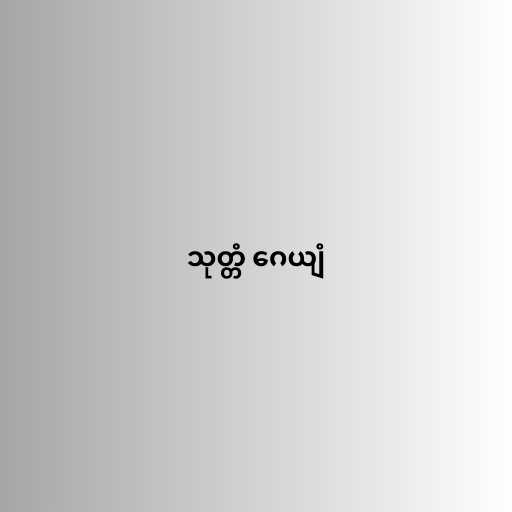
သုတ္တံ ဂေယျံ